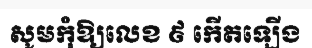
សូមកុំឱ្យលេខ ៩ កើតឡើង